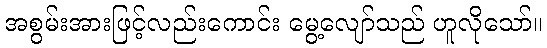
အစွမ်းအားဖြင့်လည်းကောင်း မွေ့လျော်သည် ဟူလိုသော်။